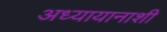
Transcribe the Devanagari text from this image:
अध्यायानाशी